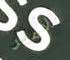
للأمير